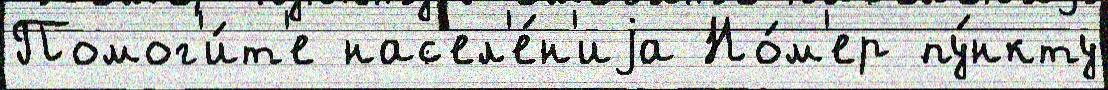
Помог'и́т'е нас'ел'е́н'иjа Но́м'ер пу́нкту